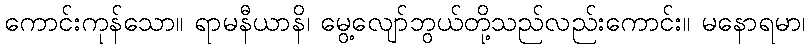
ကောင်းကုန်သော။ ရာမနီယာနိ၊ မွေ့လျော်ဘွယ်တို့သည်လည်းကောင်း။ မနောရမာ၊